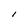
Character: I